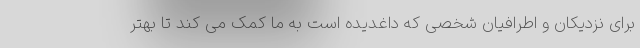
برای نزدیکان و اطرافیان شخصی که داغدیده است به ما کمک می کند تا بهتر